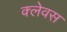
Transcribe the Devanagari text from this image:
क्लेवस